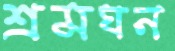
শ্রমঘন